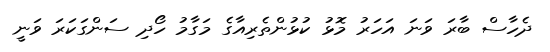
ދެހާސް ބާރަ ވަނަ އަހަރު މޮޅު ކުޅުންތެރިއާގެ މަގާމު ހޯދި ސަންގަކަރަ ވަނީ